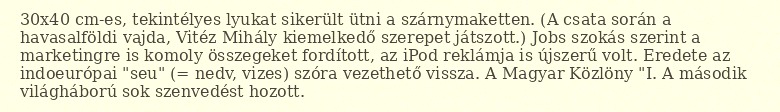
30x40 cm-es, tekintélyes lyukat sikerült ütni a szárnymaketten. (A csata során a havasalföldi vajda, Vitéz Mihály kiemelkedő szerepet játszott.) Jobs szokás szerint a marketingre is komoly összegeket fordított, az iPod reklámja is újszerű volt. Eredete az indoeurópai "seu" (= nedv, vizes) szóra vezethető vissza. A Magyar Közlöny "I. A második világháború sok szenvedést hozott.